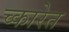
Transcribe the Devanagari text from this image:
च्कारेत